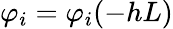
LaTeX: \varphi_{i}=\varphi_{i}(-hL)